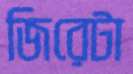
জিরেটা